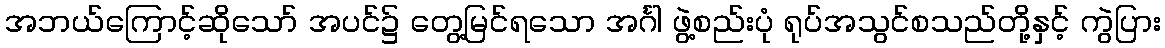
အဘယ်ကြောင့်ဆိုသော် အပင်၌ တွေ့မြင်ရသော အင်္ဂါ ဖွဲ့စည်းပုံ ရုပ်အသွင်စသည်တို့နှင့် ကွဲပြား